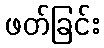
ဖတ်ခြင်း